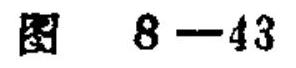
图 \(8 - 43\)